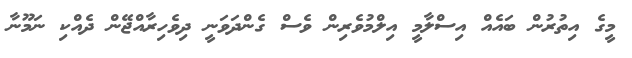
މީގެ އިތުރުން ބައެއް އިސްލާމީ އިލްމުވެރިން ވެސް ގެންދަވަނީ ދިވެހިރާއްޖޭން ދެއްކި ނަމޫނާ